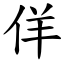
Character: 佯